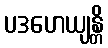
ပဒဟေယျန္တိ